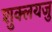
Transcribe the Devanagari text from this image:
शुक्लयजु